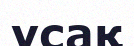
ұсақ